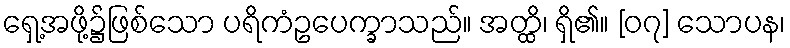
ရှေ့အဖို့၌ဖြစ်သော ပရိကံဥပေက္ခာသည်။ အတ္ထိ၊ ရှိ၏။ [၀၇] သောပန၊